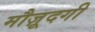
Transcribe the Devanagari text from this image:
मौज़ूदगी